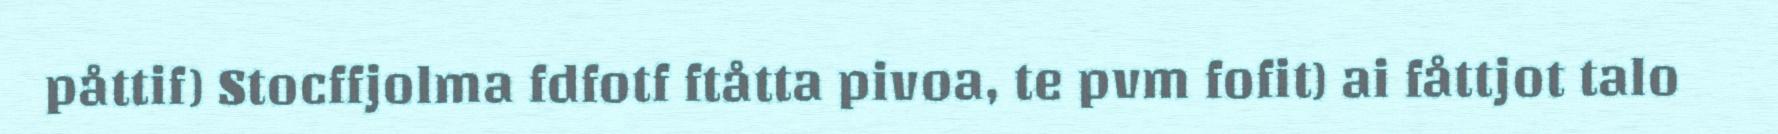
påttif) Stocffjolma fdfotf ftåtta pivoa, te pvm fofit) ai fåttjot talo